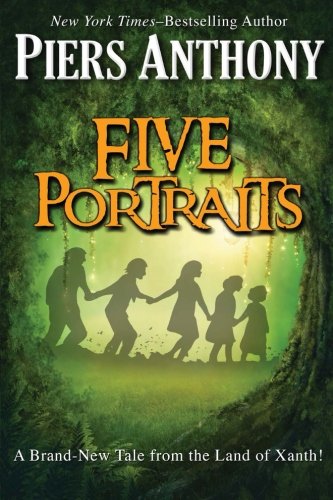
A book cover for Five Portraits (Xanth); Piers Anthony; Science Fiction & Fantasy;